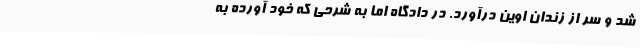
شد و سر از زندان اوین درآورد. در دادگاه اما به شرحی که خود آورده به